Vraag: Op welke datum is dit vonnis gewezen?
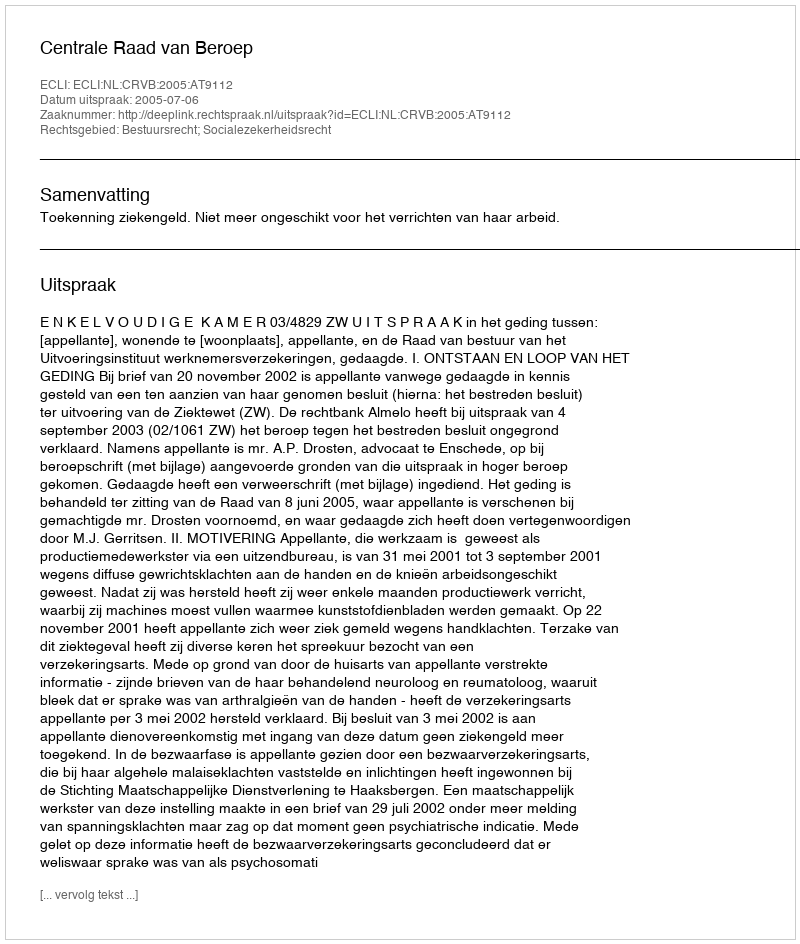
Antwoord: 2005-07-06